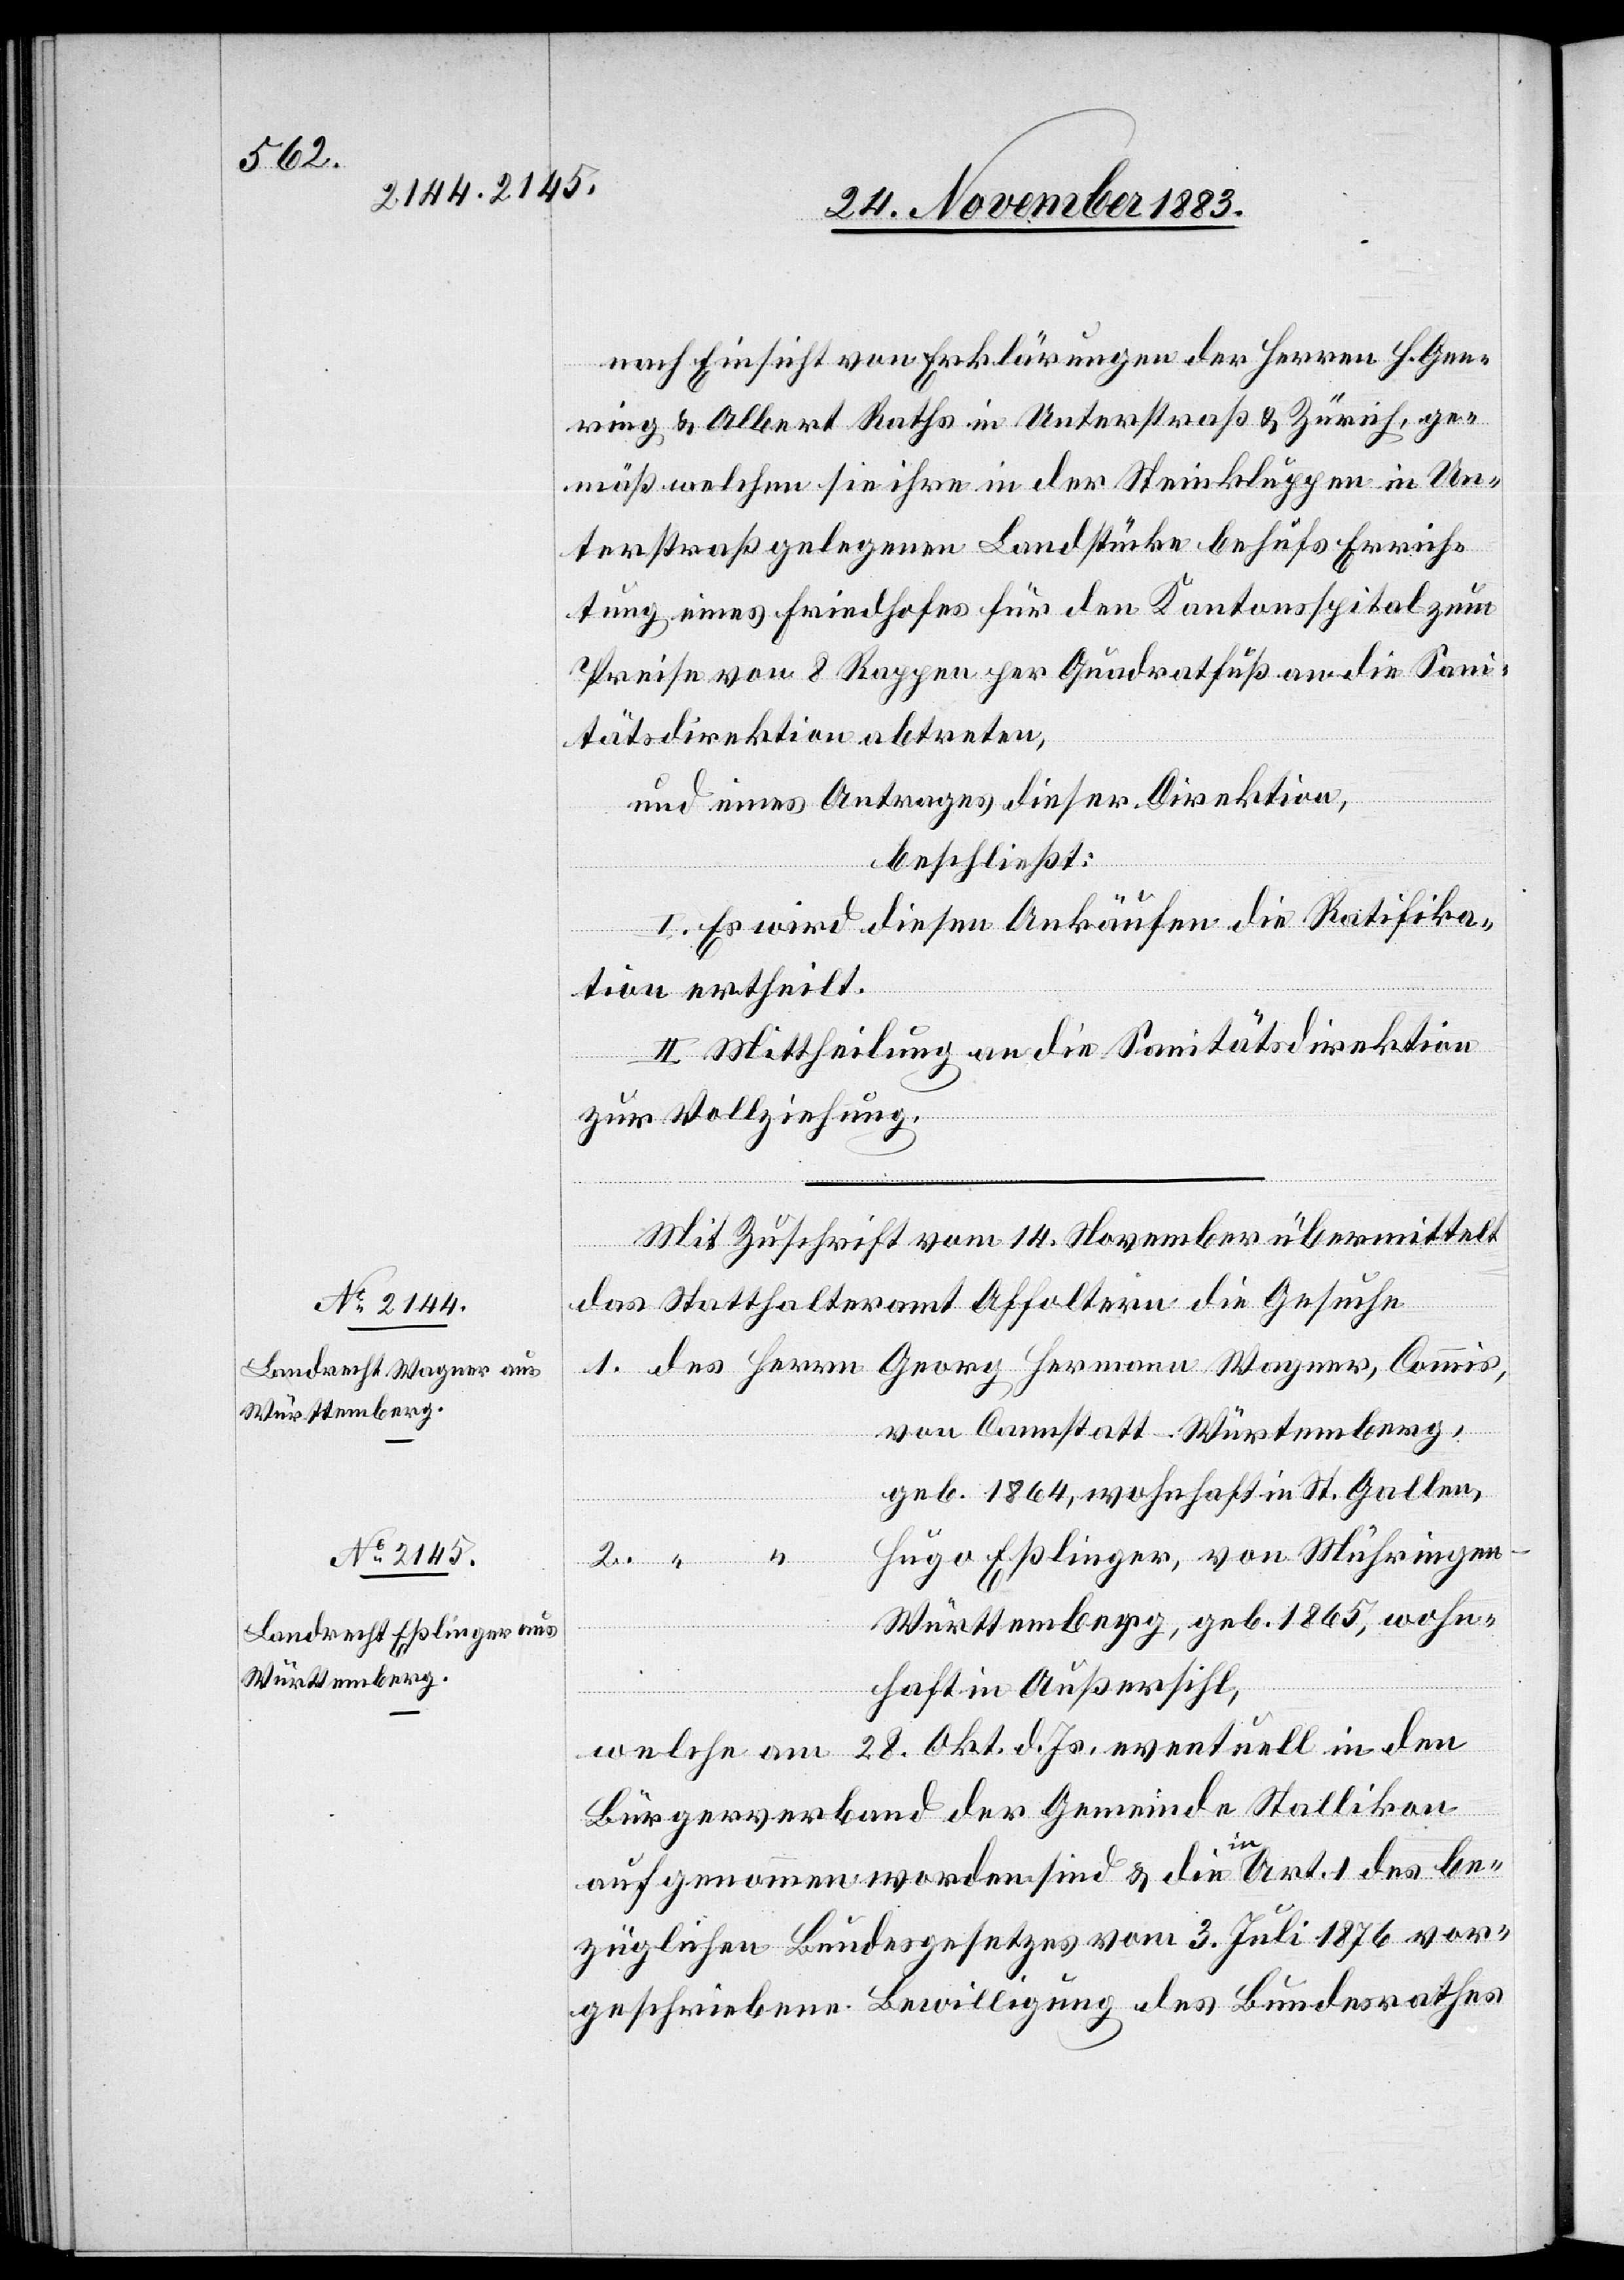
nach Einsicht von Erklärungen der Herren H. Gee¬
ring & Albert Raths in Unterstraß & Zürich, ge¬
mäß welchen sie ihre in der Steinkluppen in Un¬
terstraß gelegenen Landstücke behufs Errich¬
tung eines Friedhofes für den Kantonsspital zum
Preise von 8 Rappen per Quadratfuß an die Sani¬
tätsdirektion abtreten,
und eines Antrages dieser Direktion,
beschließt:
I. Es wird diesen Ankäufen die Ratifika¬
tion ertheilt.
II. Mittheilung an die Sanitätsdirektion
zur Vollziehung.
Mit Zuschrift vom 14. November übermittelt
das Statthalteramt Affoltern die Gesuche.
1. des Herrn Georg Hermann Wagner, Commis,
von Cannstatt - Württemberg,
geb. 1864, wohnhaft in St. Gallen,
Hugo Eßlinger, von Muhringen
Württemberg, geb. 1865, wohn¬
haft in Außersihl,
welche am 28. Okt. d. Js. eventuell in den
Bürgerverband der Gemeinde Stallikon
aufgenommen worden sind & die in Art. 1 des be¬
züglichen Bundesgesetzes vom 3. Juli 1876 vor¬
geschriebene Bewilligung des Bundesrathes

2.